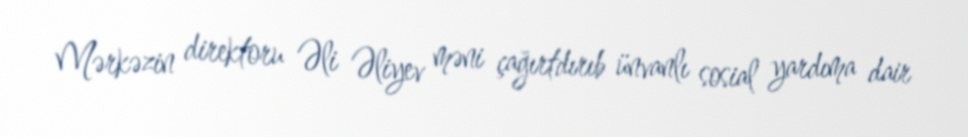
Mərkəzin direktoru Əli Əliyev məni çağırtdırıb ünvanlı sosial yardıma dair